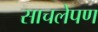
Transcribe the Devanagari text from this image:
साचलेपण